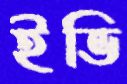
ইভি